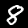
Label: 8